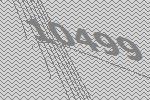
10499